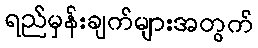
ရည်မှန်းချက်များအတွက်